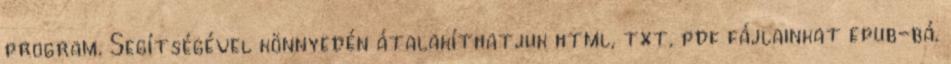
program. Segítségével könnyedén átalakíthatjuk html, txt, pdf fájlainkat epub-bá.